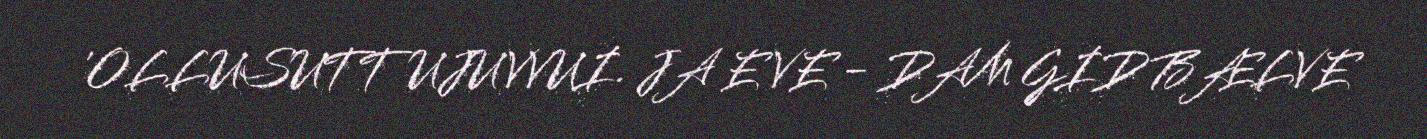
'OLLUSUTTUJUVVUI. JA E VE - DAM GID BÆLVE